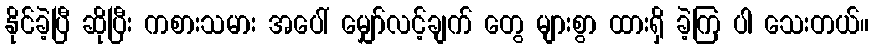
နိုင်ခဲ့ပြီ ဆိုပြီး ကစားသမား အပေါ် မျှော်လင့်ချက် တွေ များစွာ ထားရှိ ခဲ့ကြ ပါ သေးတယ်။